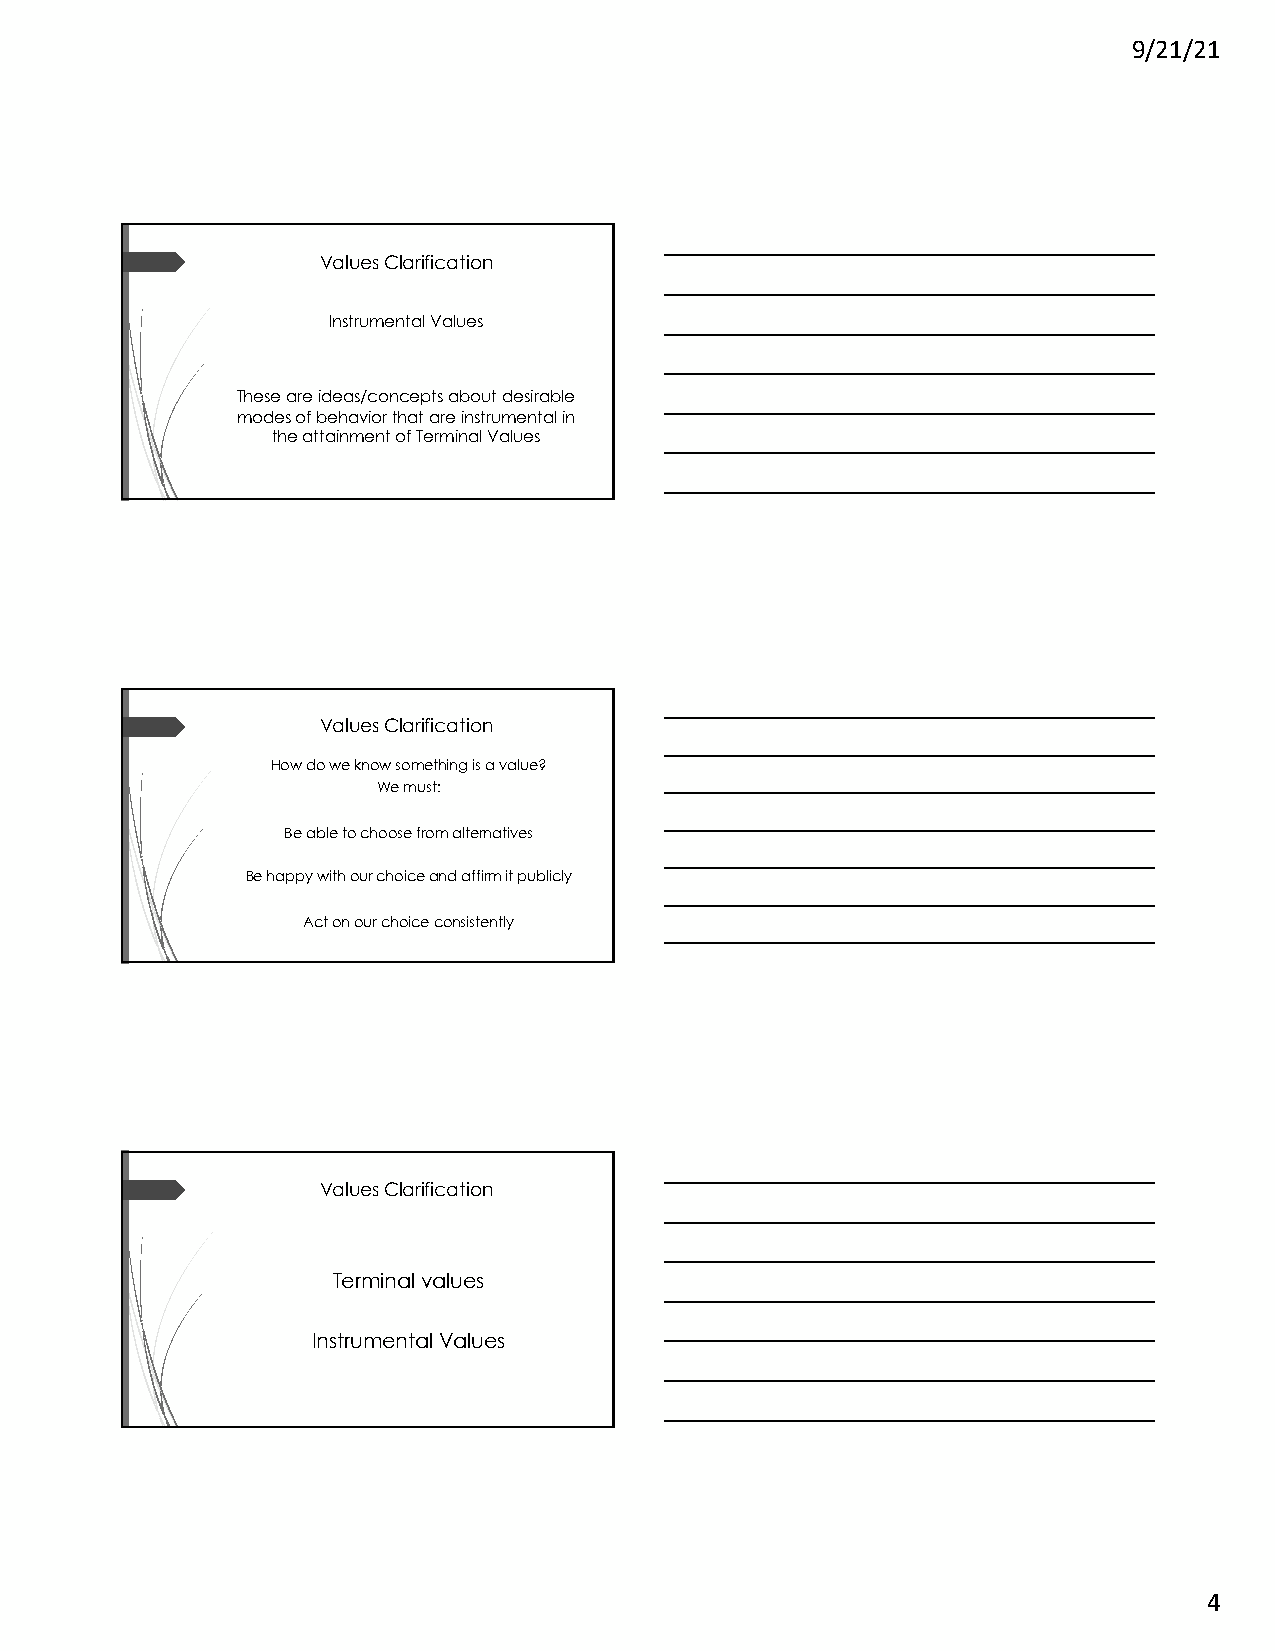
9/21/21
 Values Clarification
 Instrumental Values
 These are ideas/concepts about desirable
 modes of behavior that are instrumental in
 the attainment of Terminal Values
 Values Clarification
 How do we know something is a value?
 We must:
 Be able to choose from alternatives
 Be happy with our choice and affirm it publicly
 Act on our choice consistently
 Values Clarification
 Terminal values
 Instrumental Values
 4